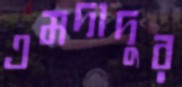
এমদাদুর